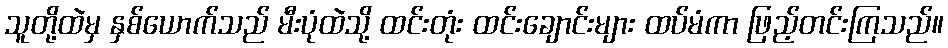
သူတို့ထဲမှ နှစ်ယောက်သည် မီးပုံထဲသို့ ထင်းတုံး ထင်းချောင်းများ ထပ်မံကာ ဖြည့်တင်းကြသည်။